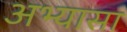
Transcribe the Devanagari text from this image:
अभ्यासा